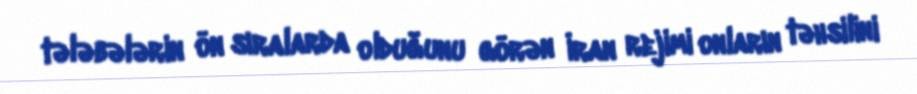
tələbələrin ön sıralarda olduğunu görən İran rejimi onların təhsilini